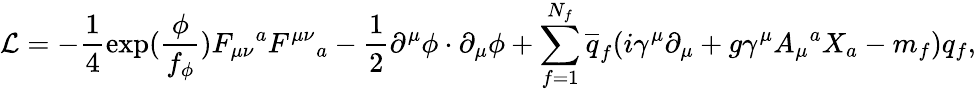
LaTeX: {\cal L}=-\frac{1}{4}\exp(\frac{\phi}{f_{\phi}})F_{\mu\nu}{}^{a}F^{\mu\nu}{}_{a}-\frac{1}{2}\partial^{\mu}\phi\cdot\partial_{\mu}\phi+\sum_{f=1}^{N_{f}}\overline{{{q}}}_{f}(i\gamma^{\mu}\partial_{\mu}+g\gamma^{\mu}A_{\mu}{}^{a}X_{a}-m_{f})q_{f},